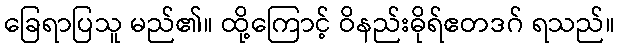
ခြေရာပြသူ မည်၏။ ထို့ကြောင့် ဝိနည်းဓိုရ်ဧတဒဂ် ရသည်။